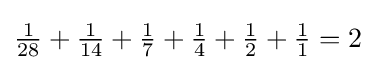
{\textstyle {\frac {1}{28}}+{\frac {1}{14}}+{\frac {1}{7}}+{\frac {1}{4}}+{\frac {1}{2}}+{\frac {1}{1}}=2}